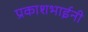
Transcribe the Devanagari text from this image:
प्रकाशभाईनी